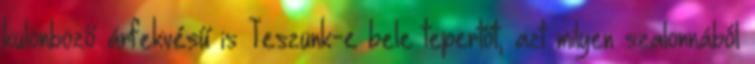
különböző árfekvésű is Teszünk-e bele tepertőt, azt milyen szalonnából